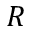
R